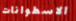
الاسطوانات